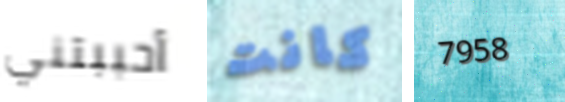
أحببتني كانت 7958